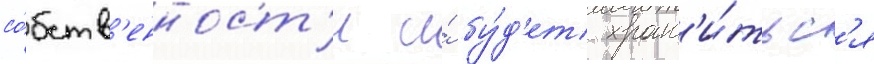
со́бств'енност'и и́ бу́д'ет хран'и́тьс'я